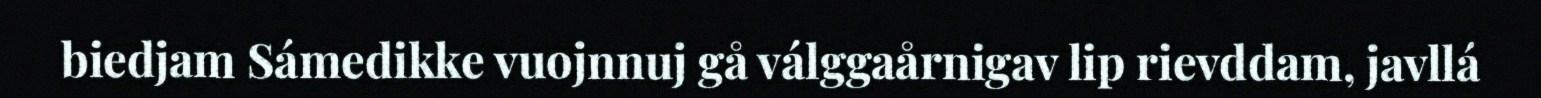
biedjam Sámedikke vuojnnuj gå válggaårnigav lip rievddam, javllá